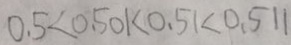
0 . 5 < 0 . 5 0 1 < 0 . 5 1 < 0 . 5 1 1